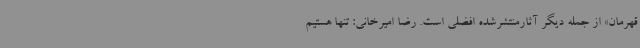
قهرمان» از جمله دیگر آثارمنتشرشده افضلی است. رضا امیرخانی:‌ تنها هستیم